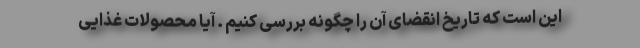
این است که تاریخ انقضای آن را چگونه بررسی کنیم . آیا محصولات غذایی